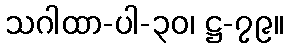
သဂါထာ-ပါ-၃၀၊ ဋ္ဌ-၇၉။